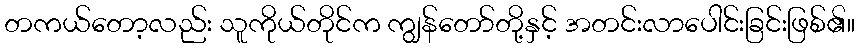
တကယ်တော့လည်း သူကိုယ်တိုင်က ကျွန်တော်တို့နှင့် အတင်းလာပေါင်းခြင်းဖြစ်၏။